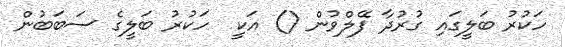
ހަކުރު ބަލީގައި ގުރުދާ ފޭލްވުން () އަކީ  ހަކުރު ބަލީގެ ސަބަބުން